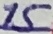
Text: 15